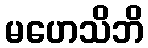
မဟေသိဘိ